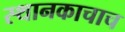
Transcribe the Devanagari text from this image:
स्थानकाचाच